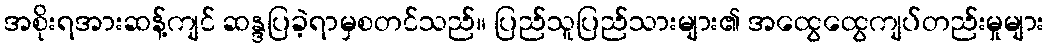
အစိုးရအားဆန့်ကျင် ဆန္ဒပြခဲ့ရာမှစတင်သည်။ ပြည်သူပြည်သားများ၏ အထွေထွေကျပ်တည်းမှုများ